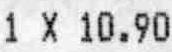
1 X 10.90